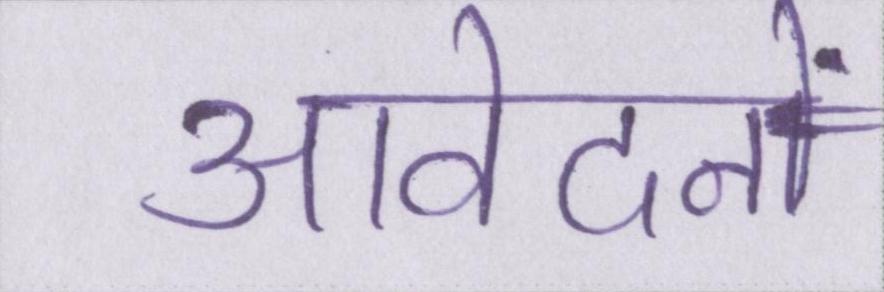
आवेदनों